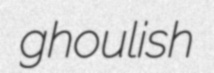
ghoulish